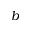
b